Bréfritari: Sigríður Pálsdóttir
Viðtakandi: Páll Pálsson
Dagsetning: A-1856-06-19
Skrifað á: Hraungerði  Árn.
Páll var bróðir Sigríðar

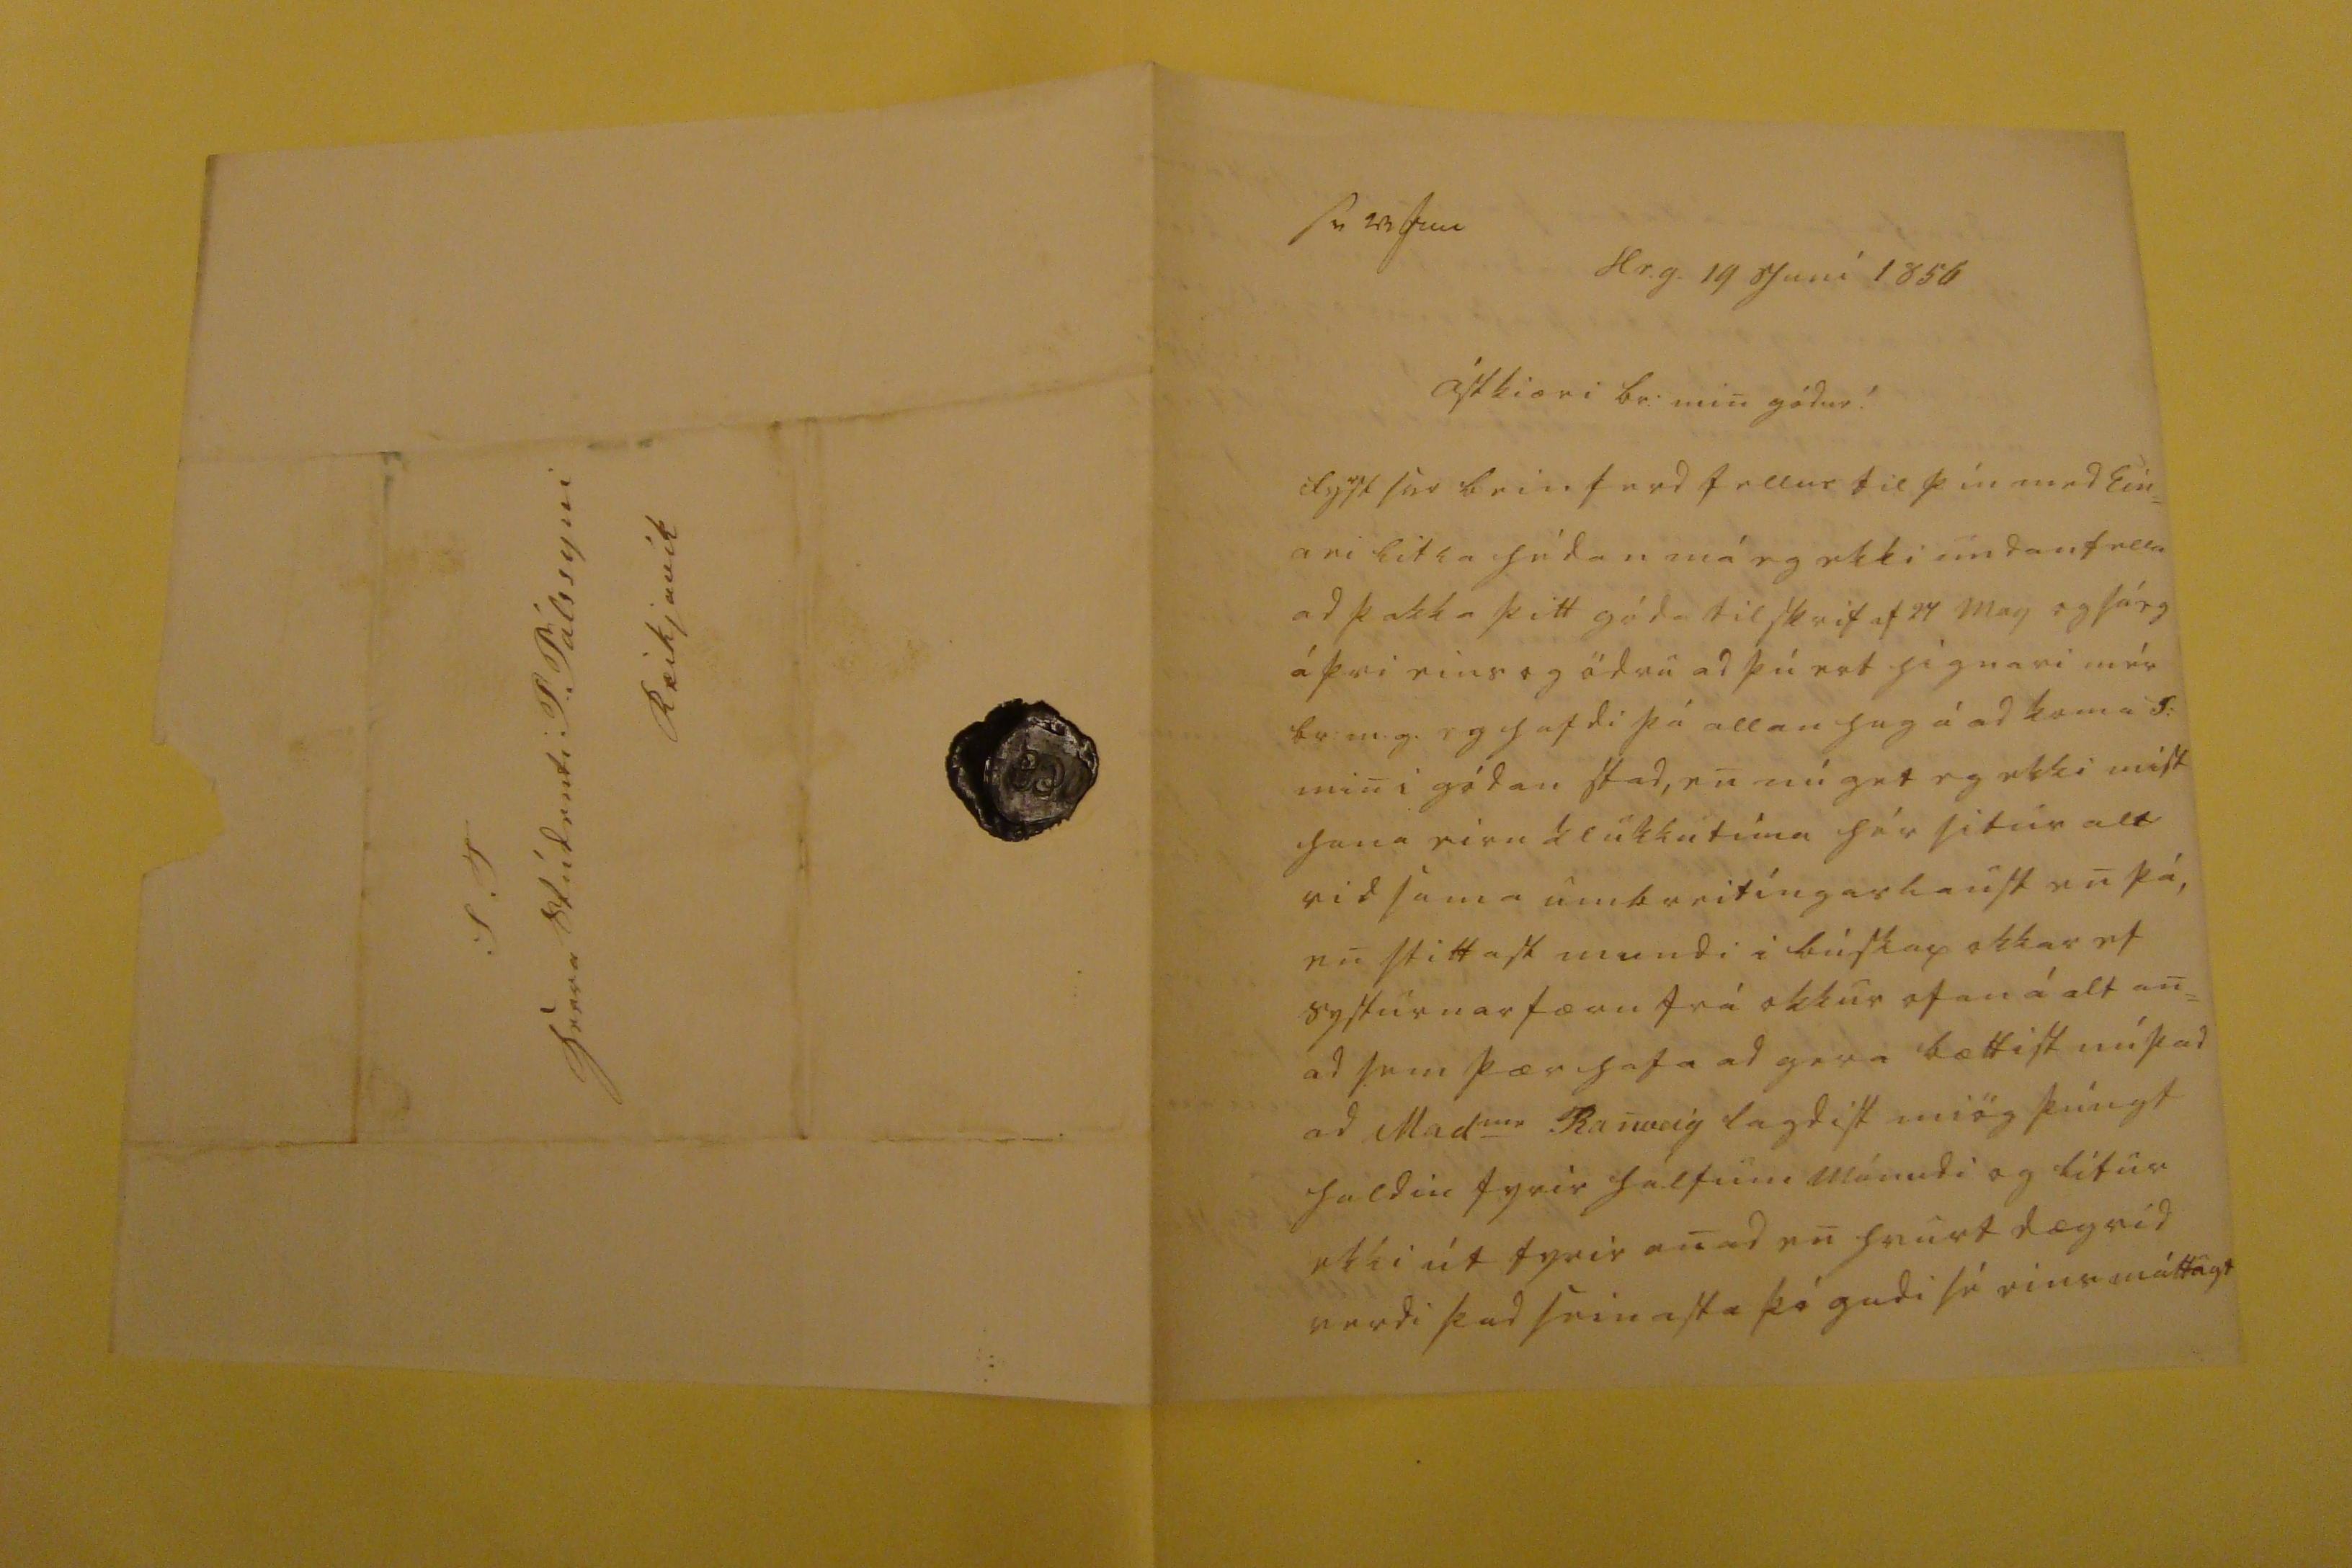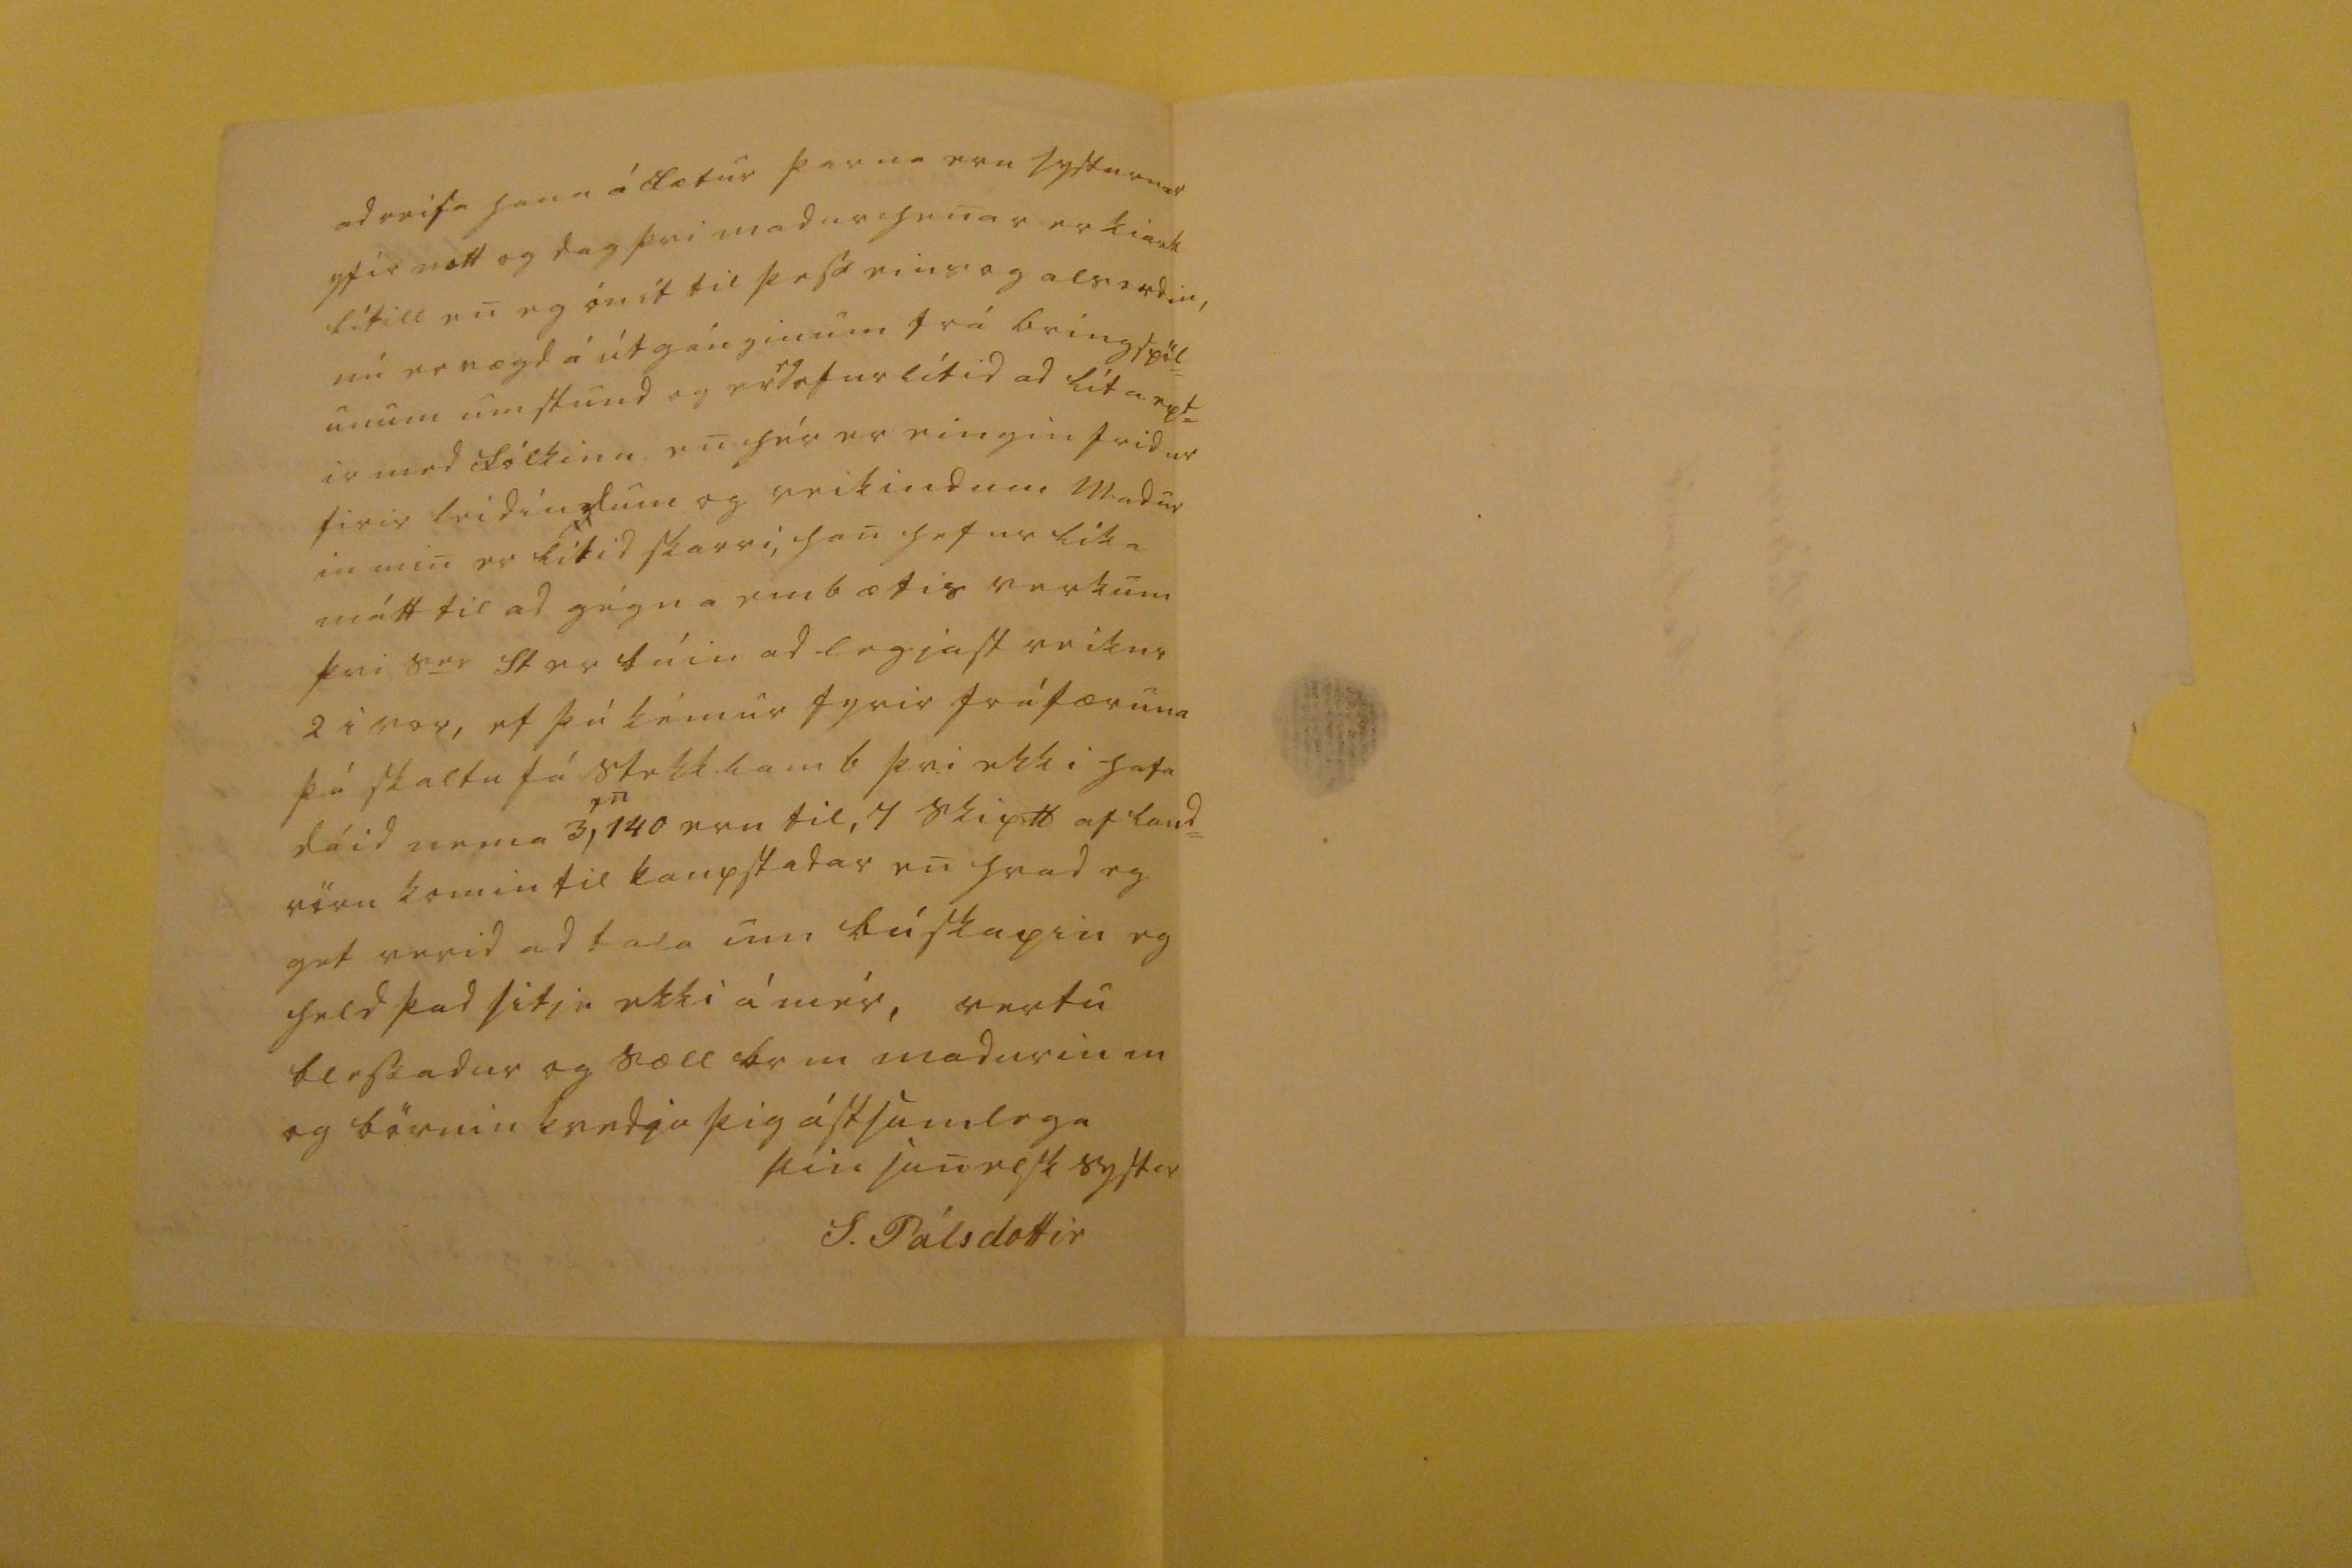

sv 23 jun
Hr.g. 19 Juni 1856
Ástkiæri br: min gódur !
fy
r
st ser bein ferd fellur til þín med Ein= ari litla hédan má eg ekki undanfella ad þakka þitt góda tilskrif af 24 May og sá eg á þvi eins og ödru ad þú ert hignari mér br:m.g. eg hafdi þá allan hug á ad koma S: min gódan stad, en nú get eg ekki mist hana eirn klukkutíma hér litur alt vid sama umbreitingarlaust en þá, en
stittask
mundi i búskap okkar ef systurnar færu frá okkur ofan á alt an= ad sem þær hafa ad gera bættist nú þad ad Mad
ame
Ranveig lagdist miög þúngt haldin fyrir hálfum mánudi og litur ekki út fyrir anad en hvurt dægrid verdi þad seinasta þó gudi sé einsmáttugt
ad reisa hana á fætur þarna eru systurnar yfir nott og dag þvi madur henar er kiark lítill en eg ónit til þess eins og als
ordin
, nú er nægd á útgánginum frá bringspöl= unum um stund og er
eg
ofurlítid ad líta ept= ir med fólkinu en hér er eingin fridur firir leidindum og veikindum Madu in min er lítid skarri, han hefur líka mátt til ad gégna embætis verkum þvi
var
St er búin ad legjast veikur 2 i vor, ef þú kemur fyrir fráfæruna þá skaltu fá stekklamb þvi ekki hafa dáid nema 3,
en
140 eru til, 4
skip 16 af land=
vöru komin til kaupstadar en hvad eg get verid ad tala um búskapin eg held þad
litir
ekki á mér, vertu blessadur og sæll br m madurin m og börnin kvedja þig ástsamlega
þin sanelsk systir
S. Pálsdottir
S.T Herra Stúdenti P. Pálssyni Reikjavik